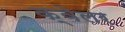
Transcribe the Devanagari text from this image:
क्वेलर